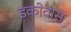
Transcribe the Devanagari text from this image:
इकोवास